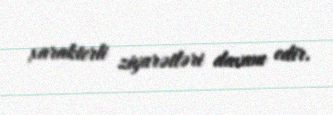
xarakterli ziyarətləri davam edir.